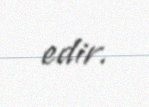
edir.